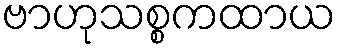
ဗာဟုသစ္စကထာယ